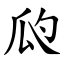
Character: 瓝